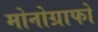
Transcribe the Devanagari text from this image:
मोनोग्राफों